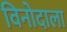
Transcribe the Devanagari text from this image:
विनोदाला